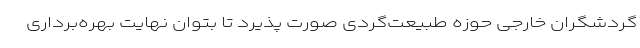
گردشگران خارجی حوزه طبیعت‌گردی‌ صورت پذیرد تا بتوان نهایت بهره‌برداری